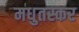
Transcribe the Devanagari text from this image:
मधुतस्कर